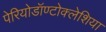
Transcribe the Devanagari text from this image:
पेरियोडॉण्टोक्लेशिया